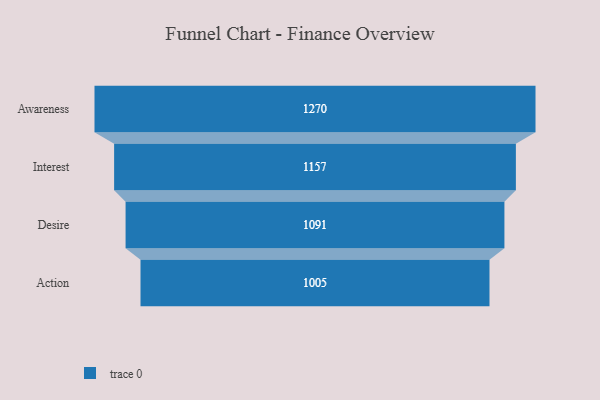
{"axis": {"x": "Stage", "y": "Value"}, "legend": [""], "data": [{"x": "Awareness", "y": 1270.0, "type": ""}, {"x": "Interest", "y": 1157.0, "type": ""}, {"x": "Desire", "y": 1091.0, "type": ""}, {"x": "Action", "y": 1005.0, "type": ""}]}